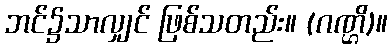
ဘင်၌သာလျှင် ဖြစ်သတည်း။ (ဂဏ္ဌိ)။